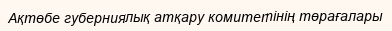
Ақтөбе губерниялық атқару комитетінің төрағалары